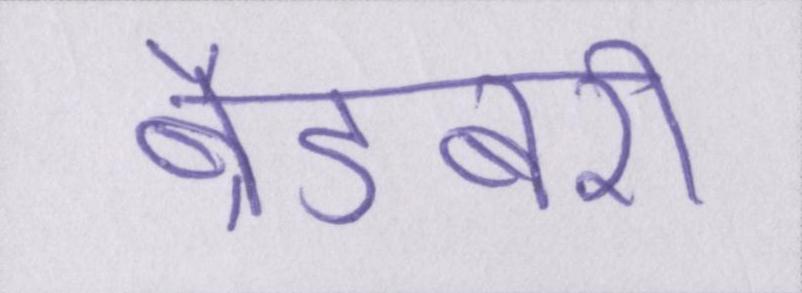
ब्रैडबरी